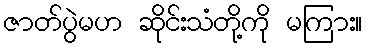
ဇာတ်ပွဲမဟ ဆိုင်းသံတို့ကို မကြား။